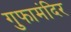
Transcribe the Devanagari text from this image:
गुफामंदिर